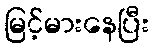
မြင့်မားနေပြီး